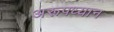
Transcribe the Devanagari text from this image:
अरूपध्यान